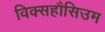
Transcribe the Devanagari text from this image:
विक्सहौसिउम